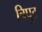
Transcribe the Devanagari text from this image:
त्रिपुट